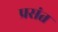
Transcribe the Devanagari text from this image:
प्रसंत